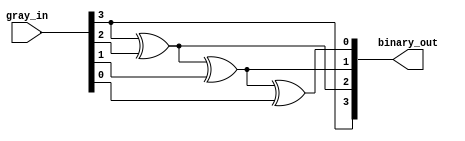
module gray_binary(gray_in,binary_out);

        input [3:0] gray_in;
        output [3:0] binary_out;
        
        buf B1(binary_out[3],gray_in[3]);
        xor X1(binary_out[2],binary_out[3],gray_in[2]);
        xor X2(binary_out[1],binary_out[2],gray_in[1]);
        xor X3(binary_out[0],binary_out[1],gray_in[0]);
        
endmodule